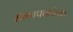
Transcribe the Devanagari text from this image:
संस्थापकांच्या